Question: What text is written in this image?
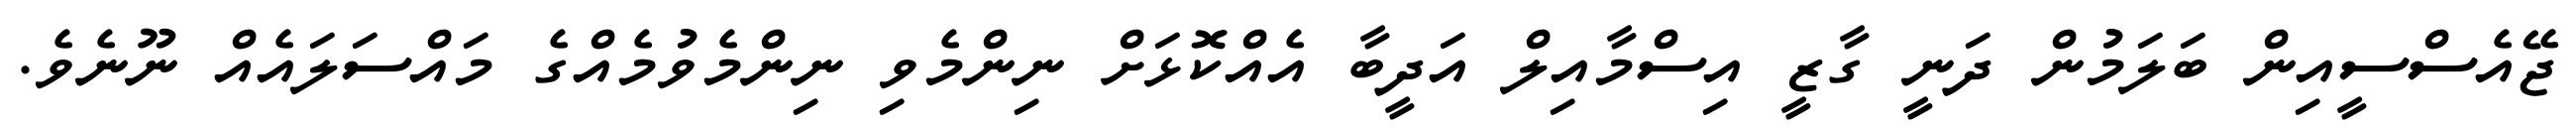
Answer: ޖޭއެސްސީއިން ބަލަމުން ދަނީ ގާޒީ އިސްމާއިލް އަދީބާ އެއްކޮޅަށް ނިންމެވި ނިންމެވުމެއްގެ މައްސަލައެއް ނޫނެވެ.